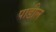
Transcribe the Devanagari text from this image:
पाडील